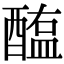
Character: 醢